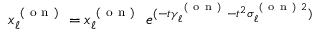
x _ { \ell } ^ { \mathrm { ~ ( ~ o ~ n ~ ) ~ } } = x _ { \ell } ^ { \mathrm { ~ ( ~ o ~ n ~ ) ~ } } \ e ^ { ( - t \gamma _ { \ell } ^ { \mathrm { ~ ( ~ o ~ n ~ ) ~ } } - t ^ { 2 } \sigma _ { \ell } ^ { \mathrm { ~ ( ~ o ~ n ~ ) ~ } 2 } ) }